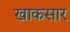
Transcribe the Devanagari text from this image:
खाकसार